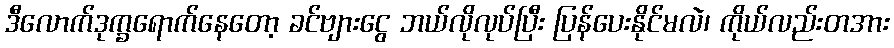
ဒီလောက်ဒုက္ခရောက်နေတော့ ခင်ဗျားငွေ ဘယ်လိုလုပ်ပြီး ပြန်ပေးနိုင်မလဲ၊ ကိုယ်လည်းတအား